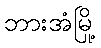
ဘားအံမြို့